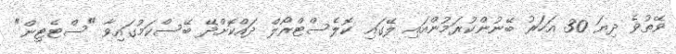
ވޭތުވެ ދިޔަ 30 އަހަރު ބޭނުންކުރަމުންއައި ލޭގައި ކޮލެސްޓްރޯލް ދައްކޮށްދޭ ބޭސްކަމުގައިވާ "ސްޓެޓިން"